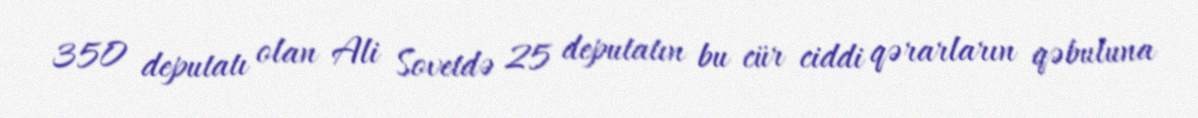
350 deputatı olan Ali Sovetdə 25 deputatın bu cür ciddi qərarların qəbuluna